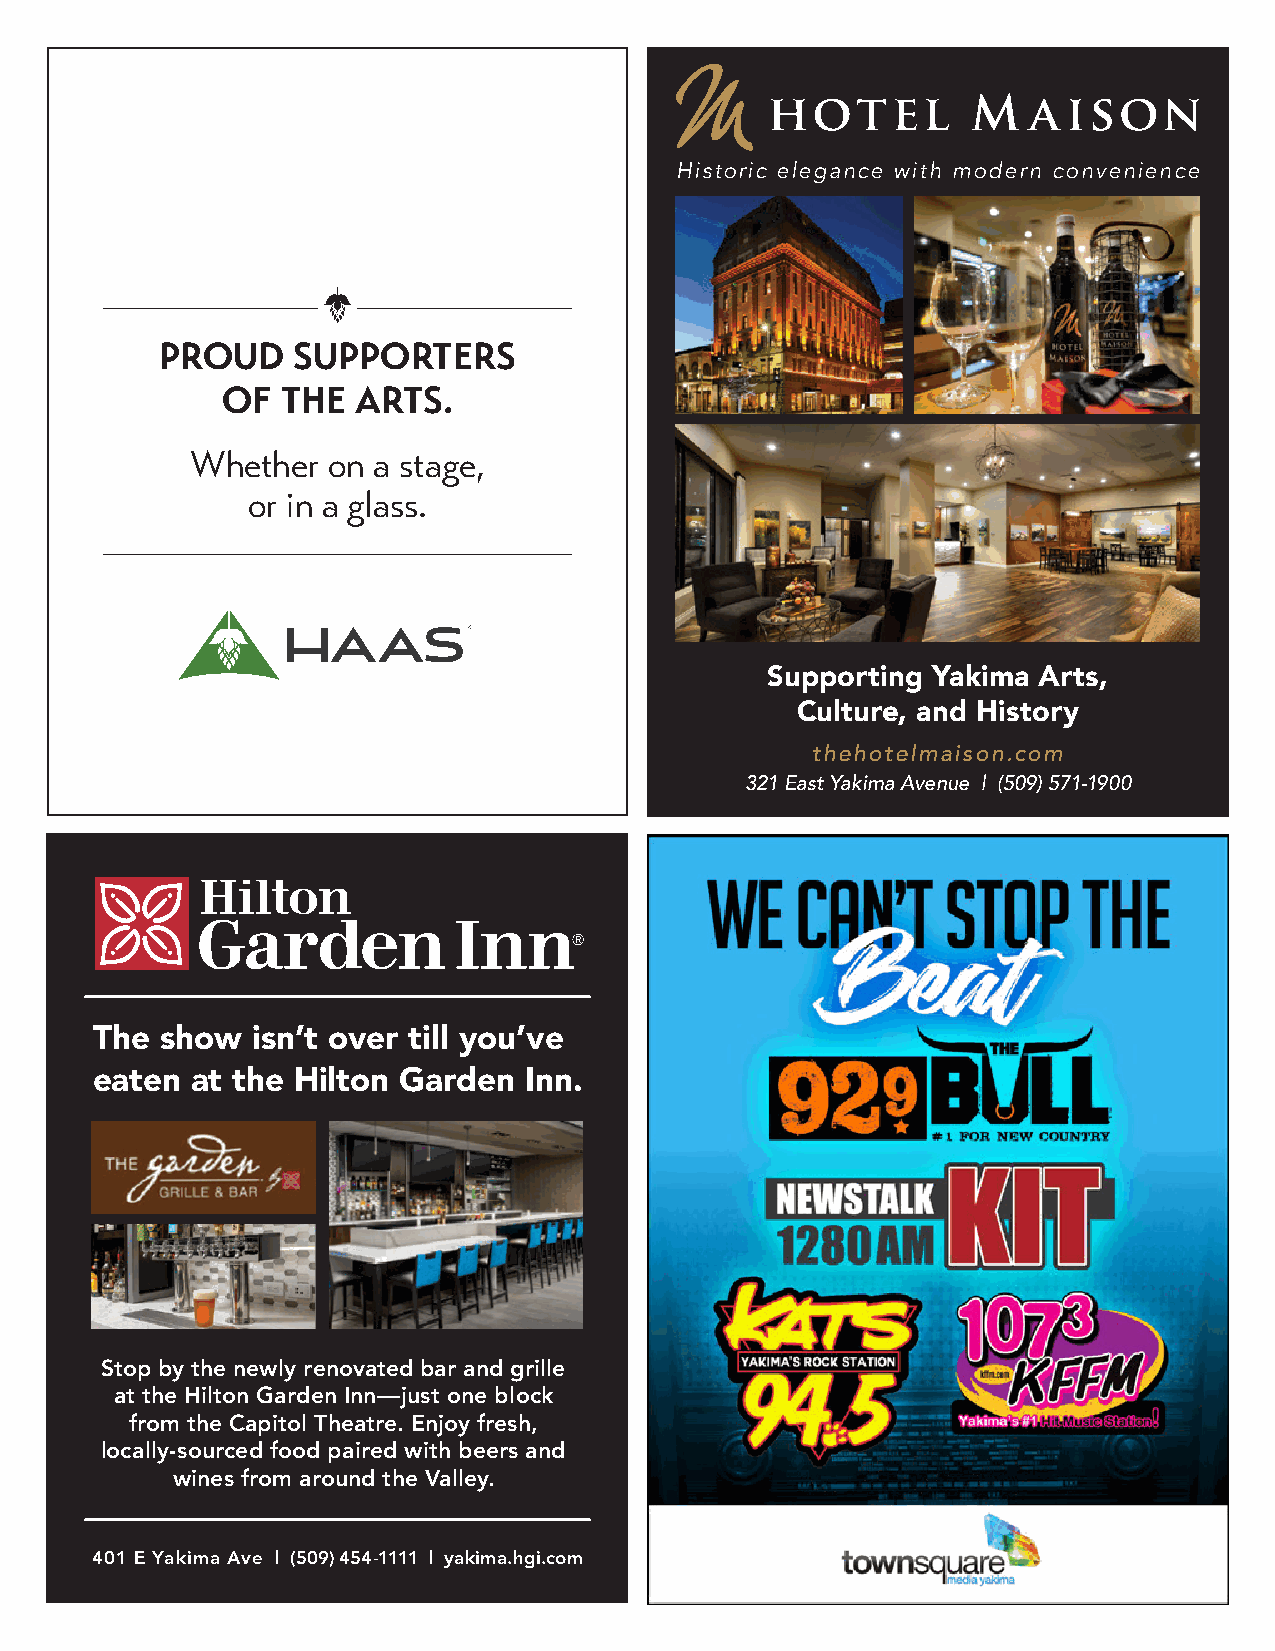
Historic elegance with modern convenience
 PROUD   SUPPORTERS
 OF  THE  ARTS.
 Whether  on a stage,
 or in a glass.
 Supporting Yakima Arts,
 Culture, and History
 thehotelmaison.com
 321 East Yakima Avenue | (509) 571-1900
 The  show  isn’t over till you’ve
 eaten  at the Hilton Garden  Inn.
 Stop by the newly renovated bar and grille
 at the Hilton Garden Inn—just one block
 from the Capitol Theatre. Enjoy fresh,
 locally-sourced food paired with beers and
 wines from around the Valley.
 yakima.hgi.com | (509) 454-1111
 401 E Yakima Ave | (509) 454-1111 | yakima.hgi.com